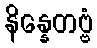
နိန္နေတဗ္ဗံ